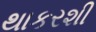
થાકરશી